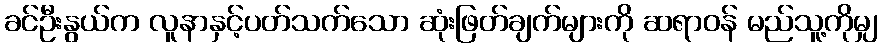
ခင်ဦးနွယ်က လူနာနှင့်ပတ်သက်သော ဆုံးဖြတ်ချက်များကို ဆရာဝန် မည်သူ့ကိုမျှ